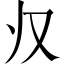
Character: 𱍷